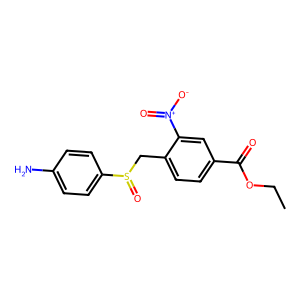
SMILES: CCOC(=O)c1ccc(CS(=O)c2ccc(N)cc2)c([N+](=O)[O-])c1
Inhibits HIV replication: No